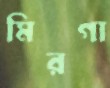
মিরগা